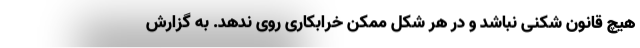
هیچ قانون شکنی نباشد و در هر شکل ممکن خرابکاری روی ندهد. به گزارش